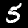
Digit: 5